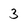
Character: 3